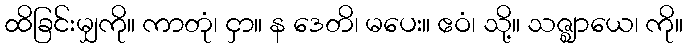
ထိခြင်းမျှကို။ ကာတုံ၊ ငှာ။ န ဒေတိ၊ မပေး။ ဧဝံ၊ သို့။ သဇ္ဈာယေ၊ ကို။